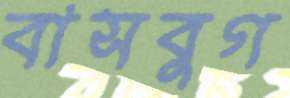
বাসবুগ